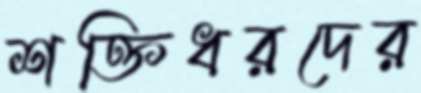
শক্তিধরদের